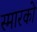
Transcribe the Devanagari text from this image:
स्मारको